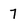
Character: 7